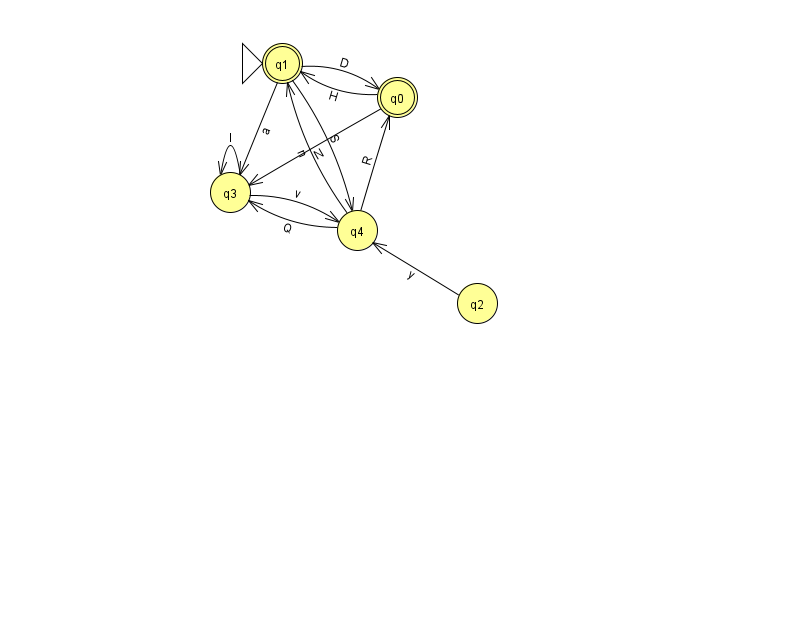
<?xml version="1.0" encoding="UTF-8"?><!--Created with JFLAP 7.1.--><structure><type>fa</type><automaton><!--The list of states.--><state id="0" name="q0"><x>397.0</x><y>84.0</y><final/></state><state id="1" name="q1"><x>282.0</x><y>50.0</y><initial/><final/></state><state id="2" name="q2"><x>477.0</x><y>290.0</y></state><state id="3" name="q3"><x>230.0</x><y>179.0</y></state><state id="4" name="q4"><x>357.0</x><y>217.0</y></state><!--The list of transitions.--><transition><from>1</from><to>3</to><read>a</read></transition><transition><from>4</from><to>1</to><read>n</read></transition><transition><from>1</from><to>0</to><read>D</read></transition><transition><from>2</from><to>4</to><read>y</read></transition><transition><from>0</from><to>1</to><read>H</read></transition><transition><from>1</from><to>4</to><read>S</read></transition><transition><from>3</from><to>3</to><read>I</read></transition><transition><from>4</from><to>0</to><read>R</read></transition><transition><from>4</from><to>3</to><read>Q</read></transition><transition><from>0</from><to>3</to><read>N</read></transition><transition><from>3</from><to>4</to><read>v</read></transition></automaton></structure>